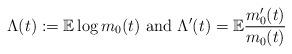
LaTeX: \begin{align*} \Lambda (t) := \mathbb{E}\log m_0 (t) \mbox{ and } \Lambda' (t) = \mathbb{E} \frac{m_0' (t)}{m_0 (t)}\end{align*}